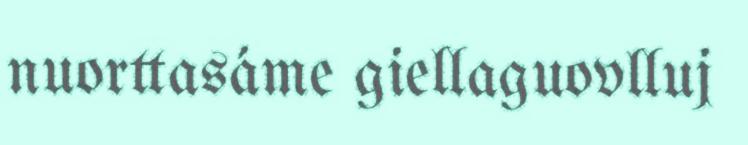
nuorttasáme giellaguovlluj